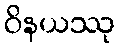
ဝိနယဿု